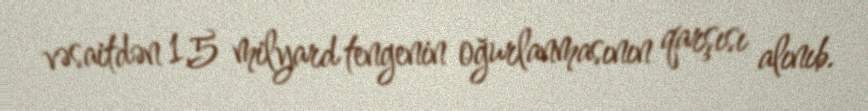
vəsaitdən 1,5 milyard tengenin oğurlanmasının qarşısı alınıb.